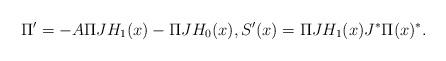
LaTeX: \begin{align*} \Pi^{\prime}=-A\Pi J H_1(x)- \Pi J H_0(x), S^{\prime}(x)=\Pi J H_1(x)J^* \Pi(x)^*.\end{align*}